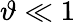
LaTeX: \vartheta\ll 1